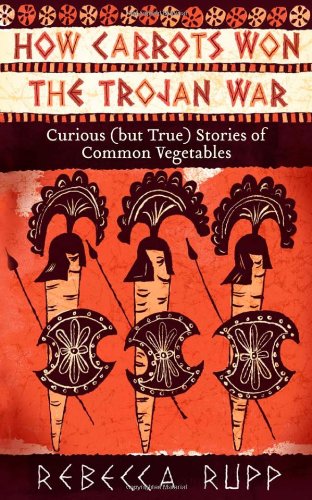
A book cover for How Carrots Won the Trojan War: Curious (but True) Stories of Common Vegetables; Rebecca Rupp; Crafts, Hobbies & Home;